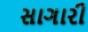
સાગારી